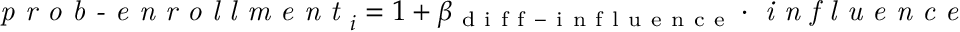
\begin{array} { r } { \textit { p r o b - e n r o l l m e n t } _ { i } = 1 + \beta _ { \mathrm { ~ d ~ i ~ f ~ f ~ - ~ i ~ n ~ f ~ l ~ u ~ e ~ n ~ c ~ e ~ } } \cdot \textit { i n f l u e n c e } _ { i } . } \end{array}